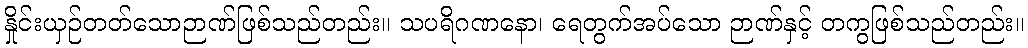
နှိုင်းယှဉ်တတ်သောဉာဏ်ဖြစ်သည်တည်း။ သပရိဂဏနော၊ ရေတွက်အပ်သော ဉာဏ်နှင့် တကွဖြစ်သည်တည်း။